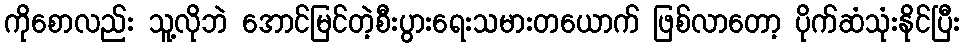
ကိုစောလည်း သူ့လိုဘဲ အောင်မြင်တဲ့စီးပွားရေးသမားတယောက် ဖြစ်လာတော့ ပိုက်ဆံသုံးနိုင်ပြီး